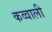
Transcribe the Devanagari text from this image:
कव्‍वाली